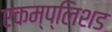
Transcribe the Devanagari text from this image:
एकम्प्लिशड